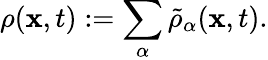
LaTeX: \begin{array}{r}{\rho(\mathbf{x},t):=\displaystyle\sum_{\alpha}\tilde{\rho}_{\alpha}(\mathbf{x},t).}\end{array}